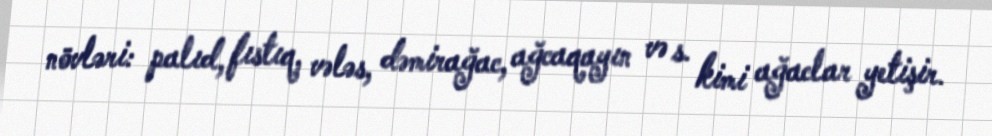
növləri: palıd, fıstıq, vələs, dəmirağac, ağcaqayın və s. kimi ağaclar yetişir.